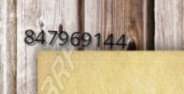
847969144